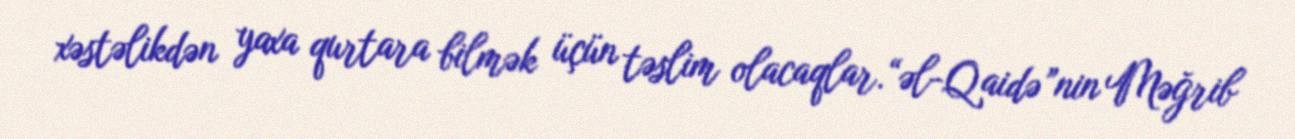
xəstəlikdən yaxa qurtara bilmək üçün təslim olacaqlar.“əl-Qaidə”nin Məğrib